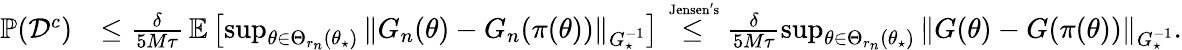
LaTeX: \begin{array}{rl}{\operatorname{\mathbb P}(\mathcal{D}^{c})}&{\le\frac{\delta}{5M\tau}\operatorname{\mathbb E}\left[\operatorname*{sup}_{\theta\in\Theta_{r_{n}}(\theta_{\star})}\left\lVert G_{n}(\theta)-G_{n}(\pi(\theta))\right\rVert_{G_{\star}^{-1}}\right]\overset{\mathrm{\scriptsize~Jensen's}}{\le}\frac{\delta}{5M\tau}\operatorname*{sup}_{\theta\in\Theta_{r_{n}}(\theta_{\star})}\left\lVert G(\theta)-G(\pi(\theta))\right\rVert_{G_{\star}^{-1}}.}\end{array}